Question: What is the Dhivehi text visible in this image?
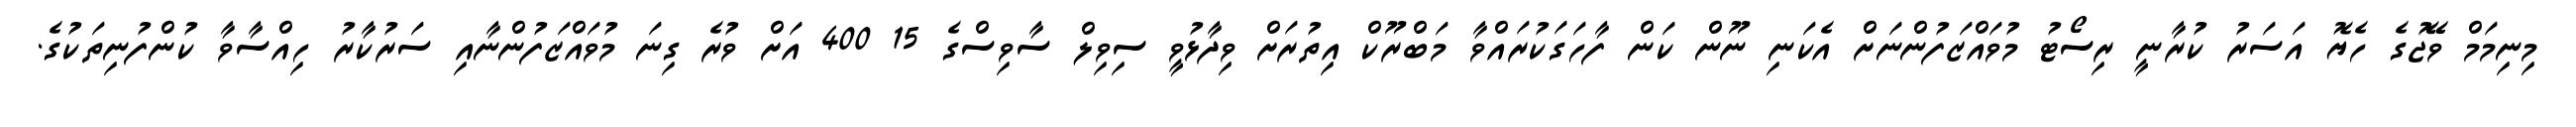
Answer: މިނިމަމް ވޭޖުގެ ހެޔޮ އަސަރު ކުރާނީ ރިސޯޓު މުވައްޒަފުންނަށް އެކަނި ނޫން ކަން ފާހަގަކުރައްވާ މަބްރޫކް އިތުރަށް ވިދާޅުވީ ސިވިލް ސާވިސްގެ 15 400 އަށް ވުރެ ގިނަ މުވައްޒަފުންނާއި ސަރުކާރު ހިއްސާވާ ކުންފުނިތަކުގެ.